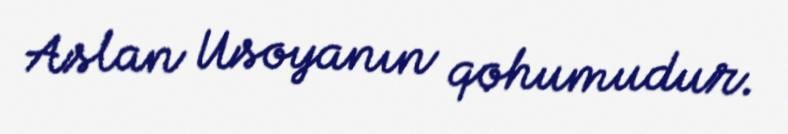
Aslan Usoyanın qohumudur.